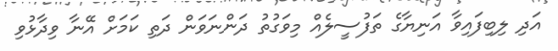
އަދި ލިބިފައިވާ އަނިޔާގެ ތަފުސީލެއް މިވަގުތު ދަންނަވަން ދަތި ކަމަށް އޭނާ ވިދާޅުވި